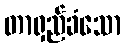
တာရှည်ခံသော